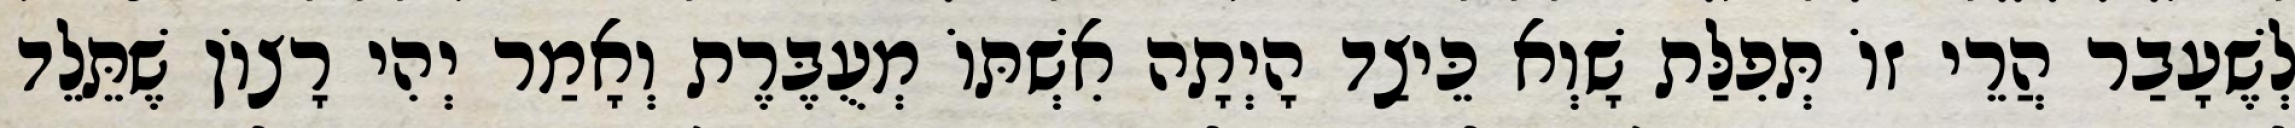
לְשֶׁעָבַר הֲרֵי זוֹ תְּפִלַּת שָׁוְא כֵּיצַד הָיְתָה אִשְׁתּוֹ מְעֻבֶּרֶת וְאָמַר יְהִי רָצוֹן שֶׁתֵּלֵד